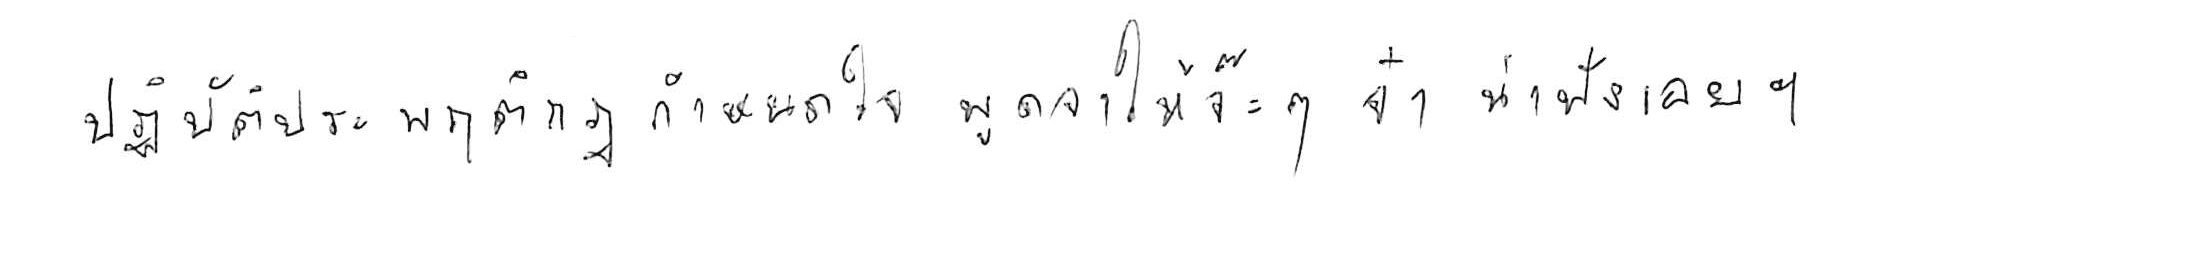
ปฏิบัติประพฤติกฎกำหนดใจ พูดจาให้จ๊ะๆ จ๋า น่าฟังเอยฯ